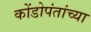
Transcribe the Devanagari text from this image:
कोंडोपंतांच्या